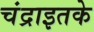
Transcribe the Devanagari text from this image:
चंद्राइतके